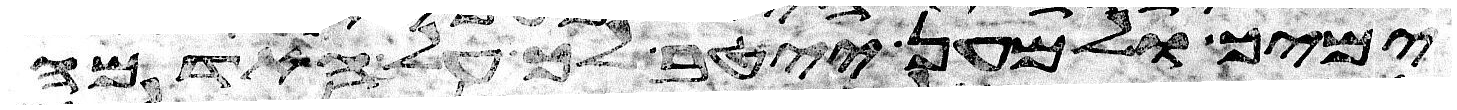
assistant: ימיך ולמען ייטב לך על האדמה